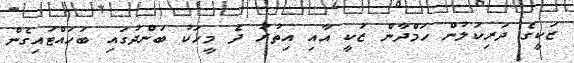
ޒަކީގެ ދަރިކަލުން ހަމްދާން ޒަކީ އާއި އިތުރު ދެ މީހަކު ބަންދުގައި ބަހައްޓައިގެން